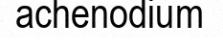
achenodium